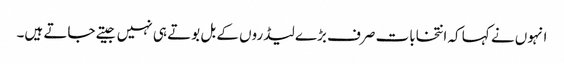
انہوں نے کہا کہ انتخابات صرف بڑے لیڈروں کے بل بوتے ہی نہیں جیتے جاتے ہیں۔